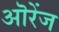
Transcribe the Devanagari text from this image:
ऒरेंज